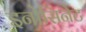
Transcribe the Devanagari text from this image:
इनोसिनेट